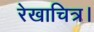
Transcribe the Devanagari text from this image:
रेखाचित्र।